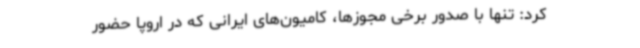
کرد: تنها با صدور برخی مجوزها، کامیون‌های ایرانی که در اروپا حضور